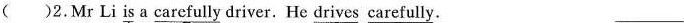
( )2. Mr Li \underline{is} a \underline{carefully} driver. He \underline{driver} \underline{carefully}. ___